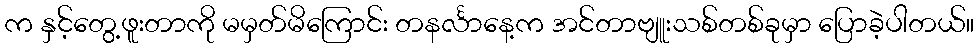
က နှင့်တွေ့ဖူးတာကို မမှတ်မိကြောင်း တနင်္လာနေ့က အင်တာဗျူးသစ်တစ်ခုမှာ ပြောခဲ့ပါတယ်။